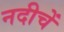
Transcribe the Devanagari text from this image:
नदीचें